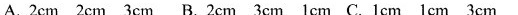
A2cm 2cm 3cm B.2cm 3cm 1cm C.1cm cm 3cm